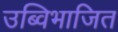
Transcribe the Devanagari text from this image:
उब्विभाजित